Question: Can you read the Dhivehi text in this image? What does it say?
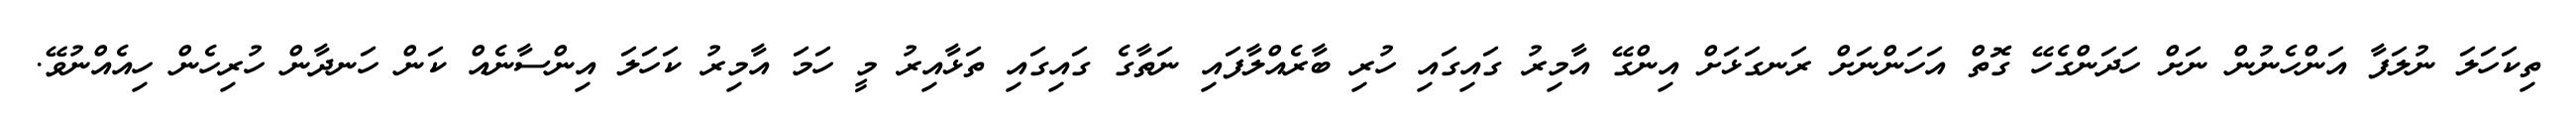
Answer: ތިކަހަލަ ނުލަފާ އަންހެނުން ނަށް ހަދަންގެހޭ ގޮތް އަހަންނަށް ރަނގަޅަށް އިންގޭ އާމިރު ގައިގައި ހުރި ބާރެއްލާފައި ނަތާގެ ގައިގައި ތަޅާއިރު މީ ހަމަ އާމިރު ކަހަލަ އިންސާނެއް ކަން ހަނދާން ހުރިހެން ހިއެއްނުވޭ.